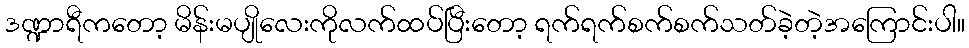
ဒဏ္ဍာရီကတော့ မိန်းမပျိုလေးကိုလက်ထပ်ပြီးတော့ ရက်ရက်စက်စက်သတ်ခဲ့တဲ့အကြောင်းပါ။